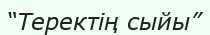
“Теректің сыйы”